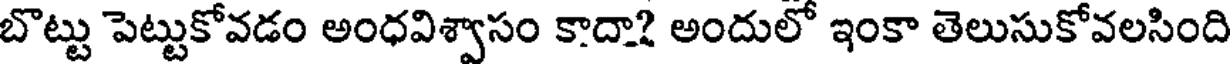
బొట్టు పెట్టుకోవడం అంధవిశ్వాసం కాదా? అందులో ఇంకా తెలుసుకోవలసింది